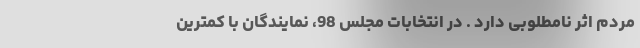
مردم اثر نامطلوبی دارد . در انتخابات مجلس 98، نمایندگان با کمترین